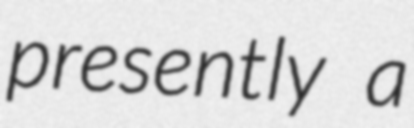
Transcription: presently a